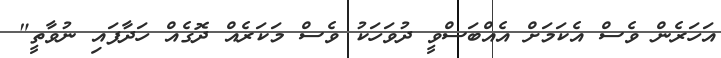
އަހަރެން ވެސް އެކަމަށް އެއްބަސްވީ ދުވަހަކު ވެސް މަކަރެއް ދޮގެއް ހަދާފައި ނުވާތީ"